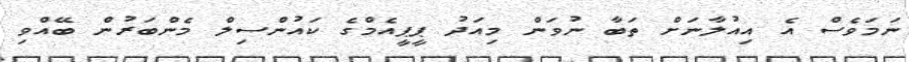
ނަމަވެސް އެ އިއުލާނަށް ތަބާ ނުވަން މިއަދު ޕީޕީއެމްގެ ކައުންސިލް މެންބަރުން ބޭއްވި